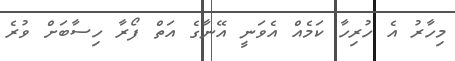
މިހާރު އެ ހުރިހާ ކަމެއް އެވަނީ އޭނާގެ އަތް ފޯރާ ހިސާބަށް ވުރެ